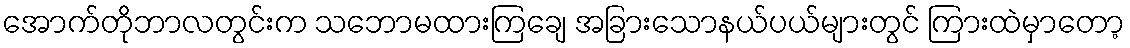
အောက်တိုဘာလတွင်းက သဘောမထားကြချေ အခြားသောနယ်ပယ်များတွင် ကြားထဲမှာတော့